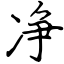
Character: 净